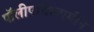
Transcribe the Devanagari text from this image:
पॉलीएथिलएमीन